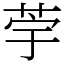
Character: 荢